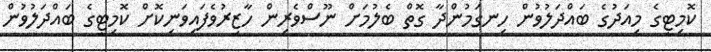
ކޮމިޓީގެ މިއަދުގެ ބައްދަލުވުން ހިނގަމުންދާ ގޮތް ބެލުމަށް ނޫސްވެރިން ހާޒިރުވެފައިވަނިކޮށް ކޮމިޓީގެ ބައްދަލުވުން